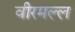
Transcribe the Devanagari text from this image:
वीरमल्ल